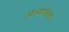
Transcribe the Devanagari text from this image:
आल्यागेल्या